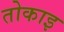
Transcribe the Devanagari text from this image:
तोकाइ